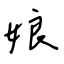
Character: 娘